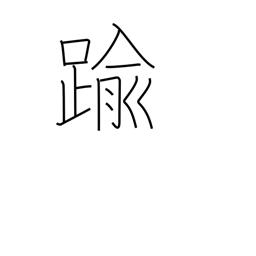
Meaning: go beyond